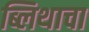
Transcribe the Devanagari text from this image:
ब्लिथाचा